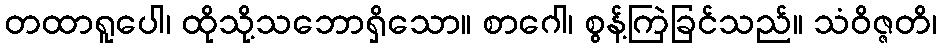
တထာရူပေါ၊ ထိုသို့သဘောရှိသော။ စာဂေါ၊ စွန့်ကြဲခြင်သည်။ သံဝိဇ္ဇတိ၊